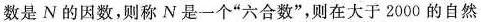
数是N的因数，则称N是一个“六合数”，则在大于2000的自然